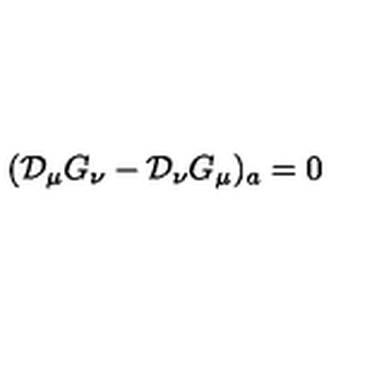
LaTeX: ( { \cal D } _ { \mu } G _ { \nu } - { \cal D } _ { \nu } G _ { \mu } ) _ { a } = 0